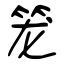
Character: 笼